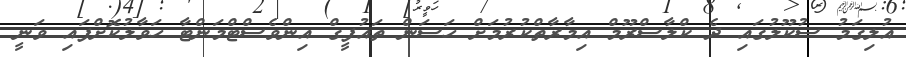
އުލިގަމު ސުކޫލުގައި ދެ ކްލާސްރޫމް އިމާރާތްކުރުމަށް ހަސަން ތައުފީގް އިންވެސްޓްމަންޓާ ހަވާލުކޮށްފައި ވަނީ